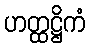
ဟတ္ထဋ္ဌိကံ